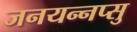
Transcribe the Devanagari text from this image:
जनयन्नप्सु